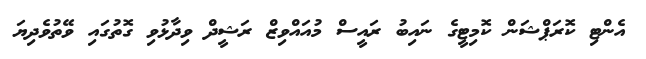
އެންޓި ކޮރަޕްޝަން ކޮމިޓީގެ ނައިބު ރައީސް މުއައްވިޒް ރަޝީދް ވިދާޅުވި ގޮތުގައި ވޭތުވެދިޔަ